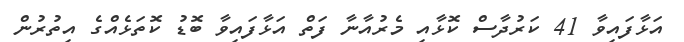
އަޅާފައިވާ 41 ކަރުދާސް ކޮޅާއި މެރުއާނާ ފަތް އަޅާފައިވާ ބޮޑު ކޮތަޅެއްގެ އިތުރުން